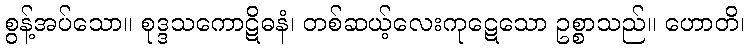
စွန့်အပ်သော။ စုဒ္ဒသကောဋိဓနံ၊ တစ်ဆယ့်လေးကုဋေသော ဥစ္စာသည်။ ဟောတိ၊